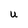
Character: U